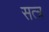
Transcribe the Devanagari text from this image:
सत्त्र